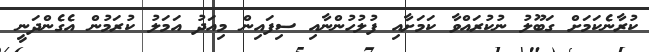
ކުރާނެކަމަށް ގަބޫލު ނުކުރައްވާ ކަމަށާއި ފުލުހުންނާއި ސިފައިން މިއަދު އަމަލު ކުރަމުން އެގެންދަނީ